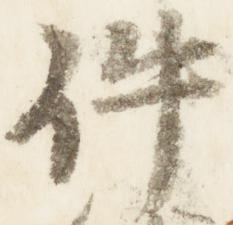
件